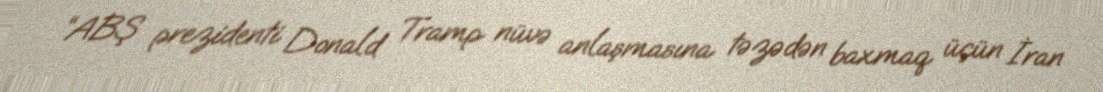
“ABŞ prezidenti Donald Tramp nüvə anlaşmasına təzədən baxmaq üçün İran